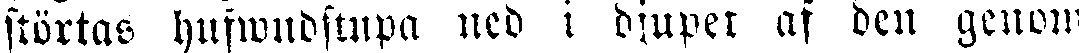
störtas hufwudstupa ned i djupet af den genom